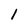
Character: 1